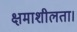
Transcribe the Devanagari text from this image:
क्षमाशीलता।